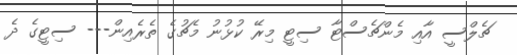
ޗެލްސީ އާއި މެންޗެސްޓާ ސިޓީ މިރޭ ކުޅުނު މެޗުގެ ތެރެއިން--- ސިޓީގެ ދެ